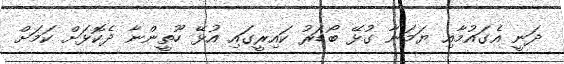
ދަނީ އެގައުމާއި ޔަމަނާ ގުޅޭ ބޯޑަރު ކައިރީގައި އުޅޭ ހޫތީންނާ ދެކޮޅަށް ކަމަށް